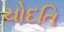
ચોદતિ